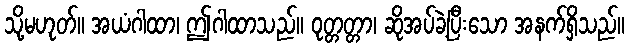
သို့မဟုတ်။ အယံဂါထာ၊ ဤဂါထာသည်။ ဝုတ္တတ္တာ၊ ဆိုအပ်ခဲ့ပြီးသော အနက်ရှိသည်။